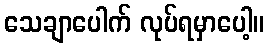
သေချာပေါက် လုပ်ရမှာပေါ့။